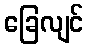
ခြေလျင်